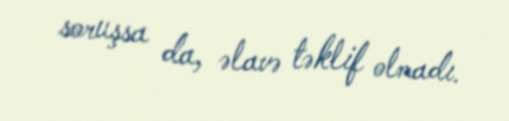
soruşsa da, əlavə təklif olmadı.